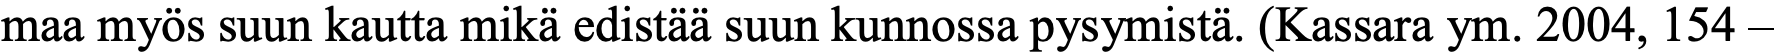
maa myös suun kautta mikä edistää suun kunnossa pysymistä. (Kassara ym. 2004, 154 –